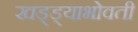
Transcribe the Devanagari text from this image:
खड्ड्याभोवती